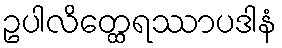
ဥပါလိတ္ထေရဿာပဒါနံ